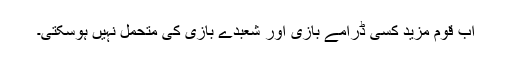
اب قوم مزید کسی ڈرامے بازی اور شعبدے بازی کی متحمل نہیں ہوسکتی۔